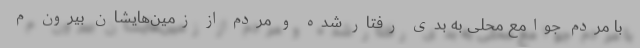
با مردم جوامع محلی به بدی رفتار شده و مردم از زمین‌هایشان بیرون م